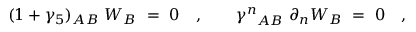
( 1 + \gamma _ { 5 } ) _ { A B } \ W _ { B } \ = \ 0 \quad , \qquad { \gamma ^ { n } } _ { A B } \ \partial _ { n } W _ { B } \ = \ 0 \quad ,